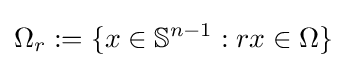
\Omega _{r}:=\{x\in \mathbb {S} ^{n-1}:rx\in \Omega \}